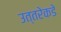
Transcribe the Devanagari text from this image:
उत्‍तरेकडे